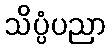
သိပ္ပံပညာ